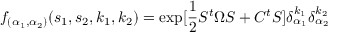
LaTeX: f _ { ( \alpha _ { 1 } , \alpha _ { 2 } ) } ( s _ { 1 } , s _ { 2 } , k _ { 1 } , k _ { 2 } ) = \exp [ \frac { 1 } { 2 } S ^ { t } \Omega S + C ^ { t } S ] \delta _ { \alpha _ { 1 } } ^ { k _ { 1 } } \delta _ { \alpha _ { 2 } } ^ { k _ { 2 } }